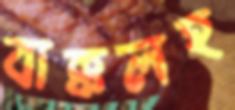
বাক্‌কলহ